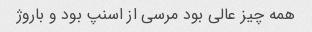
همه چیز عالی بود مرسی از اسنپ بود و باروژ